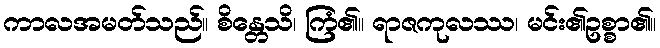
ကာလအမတ်သည်။ စိန္တေသိ၊ ကြံ၏။ ရာဇကုလဿ၊ မင်း၏ဥစ္စာ၏။